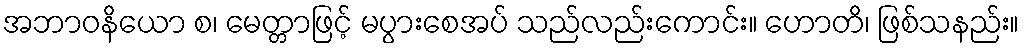
အဘာဝနိယော စ၊ မေတ္တာဖြင့် မပွားစေအပ် သည်လည်းကောင်း။ ဟောတိ၊ ဖြစ်သနည်း။